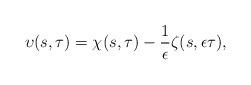
LaTeX: \begin{align*}\upsilon(s,\tau)=\chi(s,\tau)-\frac{1}{\epsilon}\zeta(s,\epsilon\tau),\end{align*}